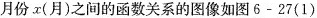
月份x(月)之间的函数关系的图像如图6-27(1)